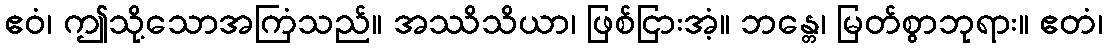
ဧဝံ၊ ဤသို့သောအကြံသည်။ အဿိသိယာ၊ ဖြစ်ငြားအံ့။ ဘန္တေ၊ မြတ်စွာဘုရား။ ဧတံ၊